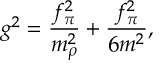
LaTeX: g ^ { 2 } = { \frac { f _ { \pi } ^ { 2 } } { m _ { \rho } ^ { 2 } } } + { \frac { f _ { \pi } ^ { 2 } } { 6 m ^ { 2 } } } ,